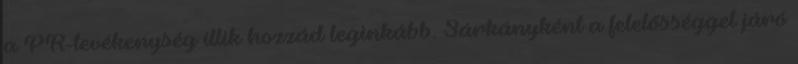
a PR-tevékenység illik hozzád leginkább. Sárkányként a felelősséggel járó